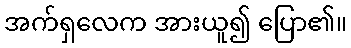
အက်ရှလေက အားယူ၍ ပြော၏။